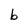
Character: b